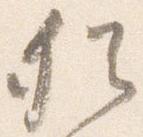
猶